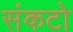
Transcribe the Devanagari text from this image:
संकटो